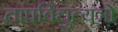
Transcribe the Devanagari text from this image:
तापविद्युत्यंत्रों